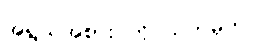
အရွယ်အစား ကို သတ်မှတ်ပါ။